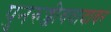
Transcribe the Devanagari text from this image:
पुनरुज्जीववादावर